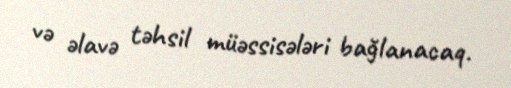
və əlavə təhsil müəssisələri bağlanacaq.